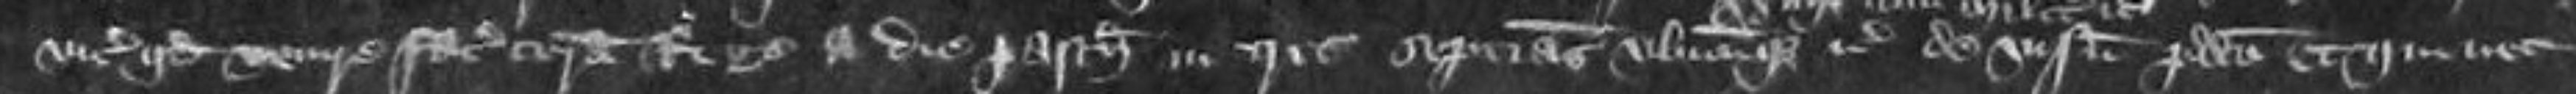
vicecomiti quod venire faciat coram Rege a die Pasche in tres septimanas ubicumque etc de visnetu predicto et qui nec